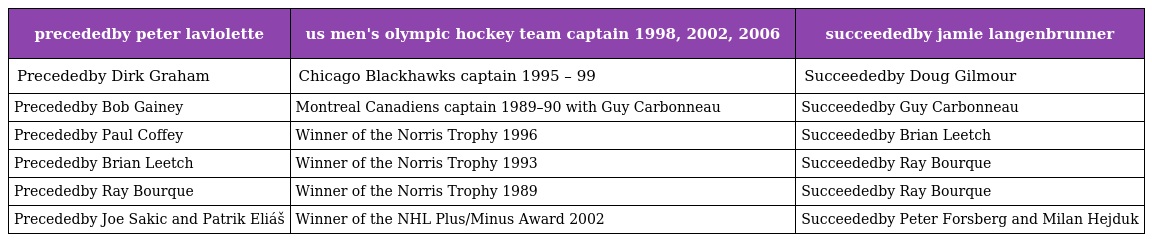
| precededby peter laviolette | us men's olympic hockey team captain 1998, 2002, 2006 | succeededby jamie langenbrunner |
 | --- | --- | --- |
 | Precededby Dirk Graham | Chicago Blackhawks captain 1995 – 99 | Succeededby Doug Gilmour |
 | Precededby Bob Gainey | Montreal Canadiens captain 1989–90 with Guy Carbonneau | Succeededby Guy Carbonneau |
 | Precededby Paul Coffey | Winner of the Norris Trophy 1996 | Succeededby Brian Leetch |
 | Precededby Brian Leetch | Winner of the Norris Trophy 1993 | Succeededby Ray Bourque |
 | Precededby Ray Bourque | Winner of the Norris Trophy 1989 | Succeededby Ray Bourque |
 | Precededby Joe Sakic and Patrik Eliáš | Winner of the NHL Plus/Minus Award 2002 | Succeededby Peter Forsberg and Milan Hejduk |